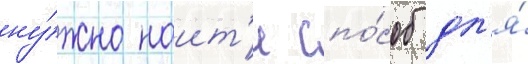
ну́жно наит'и спо́соб дл'я́